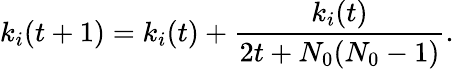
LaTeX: k_{i}(t+1)=k_{i}(t)+\frac{k_{i}(t)}{2t+N_{0}(N_{0}-1)}.